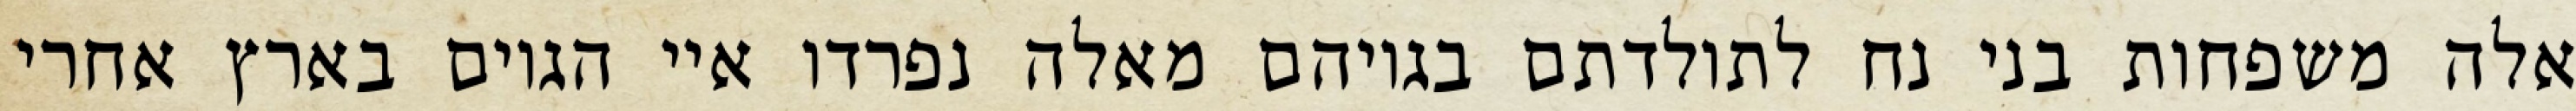
אלה משפחות בני נח לתולדתם בגויהם מאלה נפרדו איי הגוים בארץ אחרי